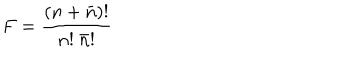
F = { \frac { ( n + \bar { n } ) ! } { n ! \ \bar { n } ! } }